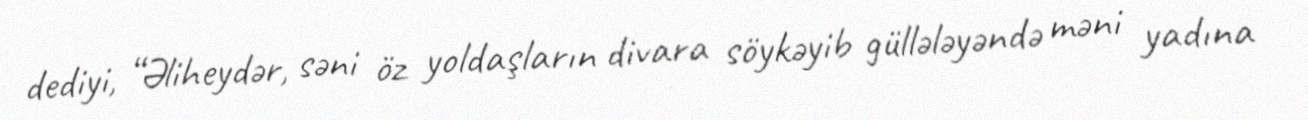
dediyi, “Əliheydər, səni öz yoldaşların divara söykəyib güllələyəndə məni yadına